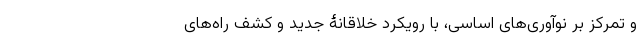
و تمرکز بر نوآوری‌های اساسی، با رویکرد خلاقانۀ جدید و کشف راه­های